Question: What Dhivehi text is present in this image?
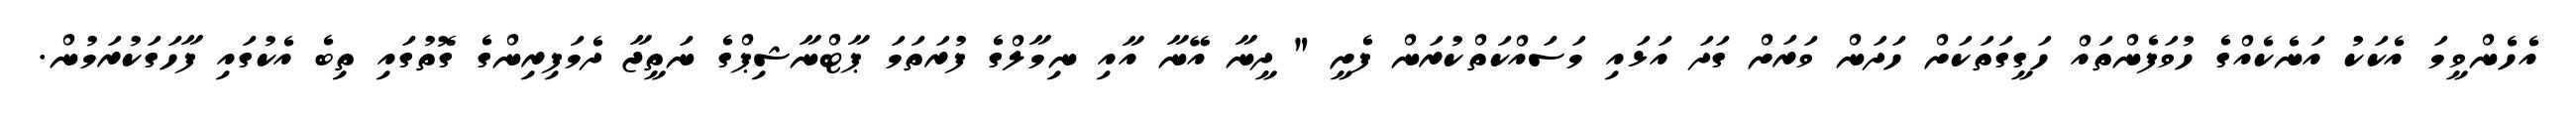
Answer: އެހެންވީމަ އެކަކު އަނެކެއްގެ ހުވަފެންތައް ހަގީގަތަކަށް ހަދަން ވަރަށް ގަދަ އަޅައި މަސައްކަތްކުރަން ފެށީ " ދީނާ އޭނާ އާއި ނިމާލްގެ ފުރަތަމަ ޕާޓްނާޝިޕްގެ ނަތީޖާ ދެމަފިރިންގެ ގޮތުގައި ތިބެ އެކުގައި ފާހަގަކުރަމުން.